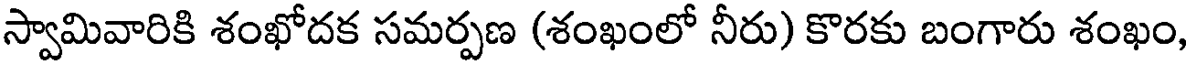
స్వామివారికి శంఖోదక సమర్పణ (శంఖంలో నీరు) కొరకు బంగారు శంఖం,